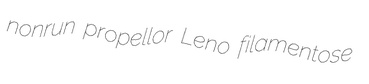
nonrun propellor Leno filamentose